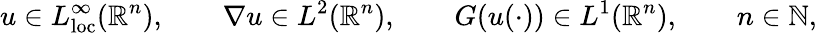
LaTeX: u\in L_{\mathrm{loc}}^{\infty}(\mathbb{R}^{n}),\qquad\nabla u\in L^{2}(\mathbb{R}^{n}),\qquad G(u(\cdot))\in L^{1}(\mathbb{R}^{n}),\qquad n\in\mathbb{N},